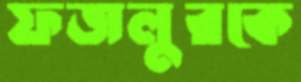
ফজলুরকে